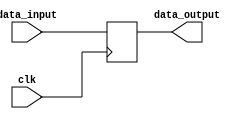
module register(
    input wire clk,
    input wire [7:0] data_input,
    output reg [7:0] data_output
);

reg [7:0] storage;

always @(posedge clk)
begin
    storage <= data_input;
end

assign data_output = storage;

endmodule